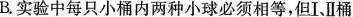
B.实验中每只小桶内两种小球必须相等，但I、Ⅱ